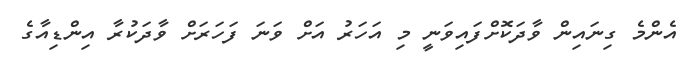
އެންމެ ގިނައިން ވާދަކޮށްފައިވަނީ މި އަހަރު އަށް ވަނަ ފަހަރަށް ވާދަކުރާ އިންޑިއާގެ